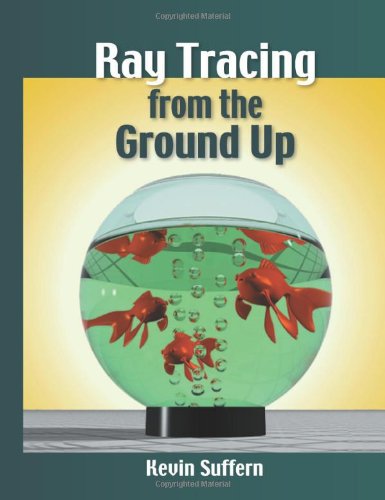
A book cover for Ray Tracing from the Ground Up; Kevin Suffern; Computers & Technology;